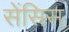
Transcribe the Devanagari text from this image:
सेंसिस